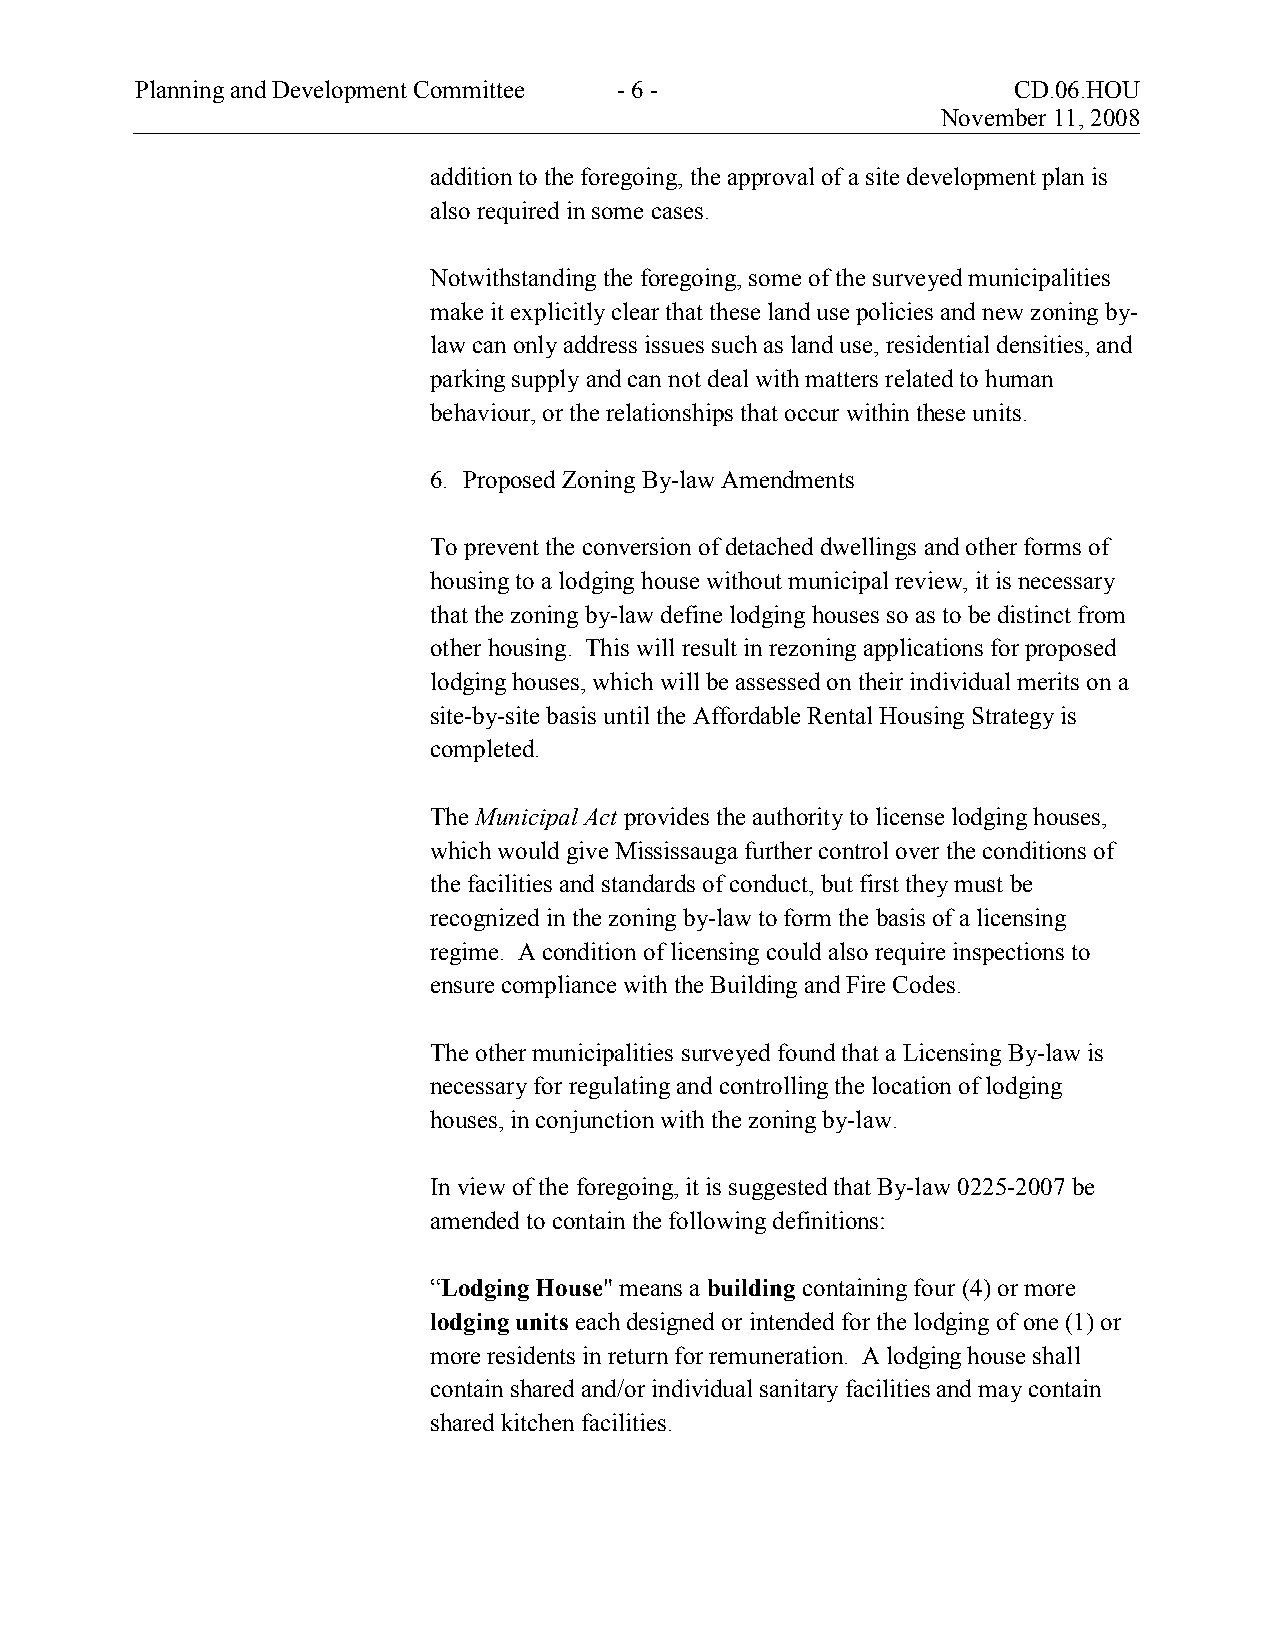
Planning and Development Committee - 6 -                  CD.06.HOU
 November 11, 2008
 addition to the foregoing, the approval of a site development plan is
 also required in some cases.
 Notwithstanding the foregoing, some of the surveyed municipalities
 make it explicitly clear that these land use policies and new zoning by-
 law can only address issues such as land use, residential densities, and
 parking supply and can not deal with matters related to human
 behaviour, or the relationships that occur within these units.
 6. Proposed Zoning By-law Amendments
 To prevent the conversion of detached dwellings and other forms of
 housing to a lodging house without municipal review, it is necessary
 that the zoning by-law define lodging houses so as to be distinct from
 other housing. This will result in rezoning applications for proposed
 lodging houses, which will be assessed on their individual merits on a
 site-by-site basis until the Affordable Rental Housing Strategy is
 completed.
 The Municipal Act provides the authority to license lodging houses,
 which would give Mississauga further control over the conditions of
 the facilities and standards of conduct, but first they must be
 recognized in the zoning by-law to form the basis of a licensing
 regime. A condition of licensing could also require inspections to
 ensure compliance with the Building and Fire Codes.
 The other municipalities surveyed found that a Licensing By-law is
 necessary for regulating and controlling the location of lodging
 houses, in conjunction with the zoning by-law.
 In view of the foregoing, it is suggested that By-law 0225-2007 be
 amended to contain the following definitions:
 “Lodging House" means a building containing four (4) or more
 lodging units each designed or intended for the lodging of one (1) or
 more residents in return for remuneration. A lodging house shall
 contain shared and/or individual sanitary facilities and may contain
 shared kitchen facilities.